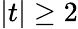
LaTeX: |t|\geq 2